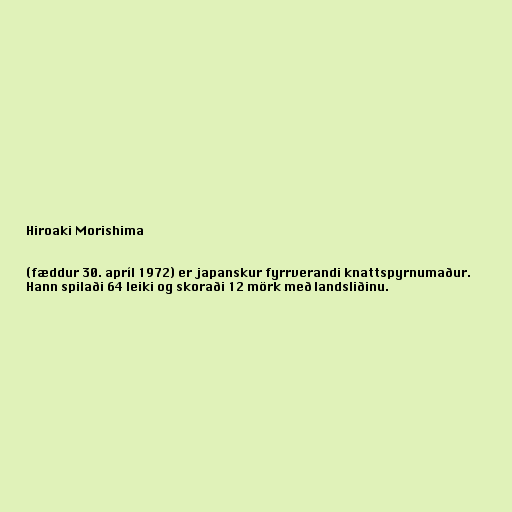
Hiroaki Morishima

(fæddur 30. apríl 1972) er japanskur fyrrverandi knattspyrnumaður.
Hann spilaði 64 leiki og skoraði 12 mörk með landsliðinu.